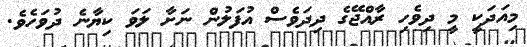
މިއަދަކީ މީ ދިވެހި ރާއްޖޭގެ ދިދަވެސް އުފަލުން ނަށާ ލަވަ ކިޔާނެ ދުވަހެވެ.